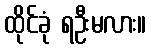
ထိုင်ခုံ ရဦးမလား။